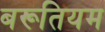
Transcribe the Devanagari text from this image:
बरूतियम